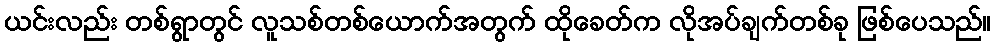
ယင်းလည်း တစ်ရွာတွင် လူသစ်တစ်ယောက်အတွက် ထိုခေတ်က လိုအပ်ချက်တစ်ခု ဖြစ်ပေသည်။